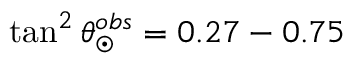
\tan ^ { 2 } \theta _ { \odot } ^ { o b s } = 0 . 2 7 - 0 . 7 5